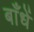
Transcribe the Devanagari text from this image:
बाँधें